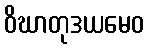
ဝိဃာတုဒယမေဝ